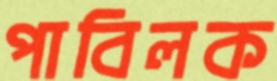
পাবিলক